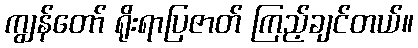
ကျွန်တော် ရိုးရာပြဇာတ် ကြည့်ချင်တယ်။